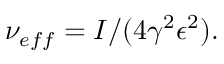
\nu _ { e f f } = I / ( 4 \gamma ^ { 2 } \epsilon ^ { 2 } ) .